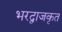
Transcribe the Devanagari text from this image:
भरद्वाजकृत